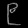
Digit: ၉